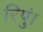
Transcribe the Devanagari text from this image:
रिपुं।